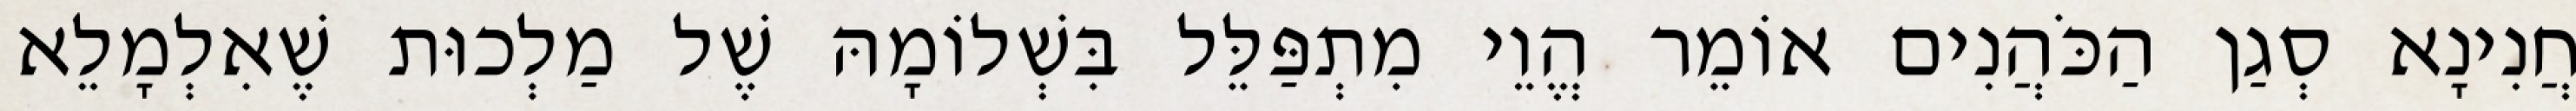
חֲנִינָא סְגַן הַכֹּהֲנִים אוֹמֵר הֱוֵי מִתְפַּלֵּל בִּשְׁלוֹמָהּ שֶׁל מַלְכוּת שֶׁאִלְמָלֵא